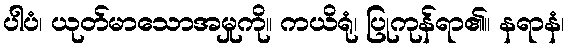
ပါပံ၊ ယုတ်မာသောအမှုကို။ ကယိရုံ၊ ပြုကုန်ရာ၏။ နရာနံ၊